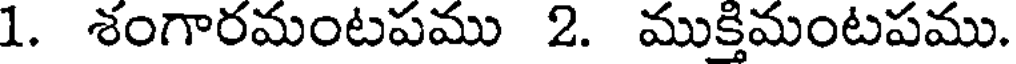
1. శంగారమంటపము 2. ముక్తిమంటపము.